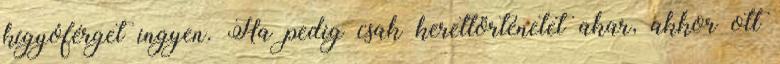
kígyóférget ingyen. Ha pedig csak kerettörténetet akar, akkor ott